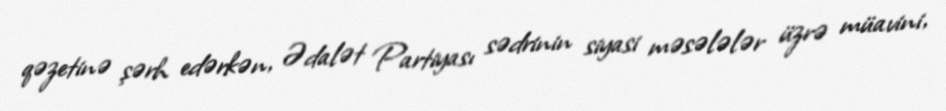
qəzetinə şərh edərkən, Ədalət Partiyası sədrinin siyasi məsələlər üzrə müavini,